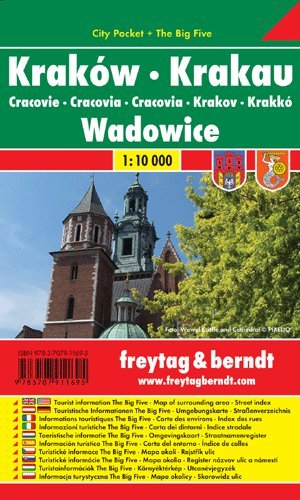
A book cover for Krakow & Wadowice (Crakow, Poland) 1:10,000 Pocket Street Map, laminated FREYTAG; Freytag Berndt; Travel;